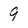
Character: 9